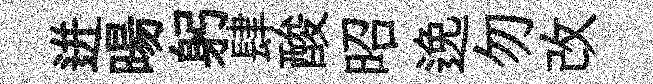
迸暘躬肆酸昭𨓜勿改